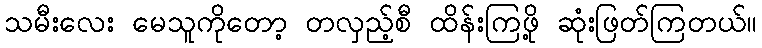
သမီးလေး မေသူကိုတော့ တလှည့်စီ ထိန်းကြဖို့ ဆုံးဖြတ်ကြတယ်။